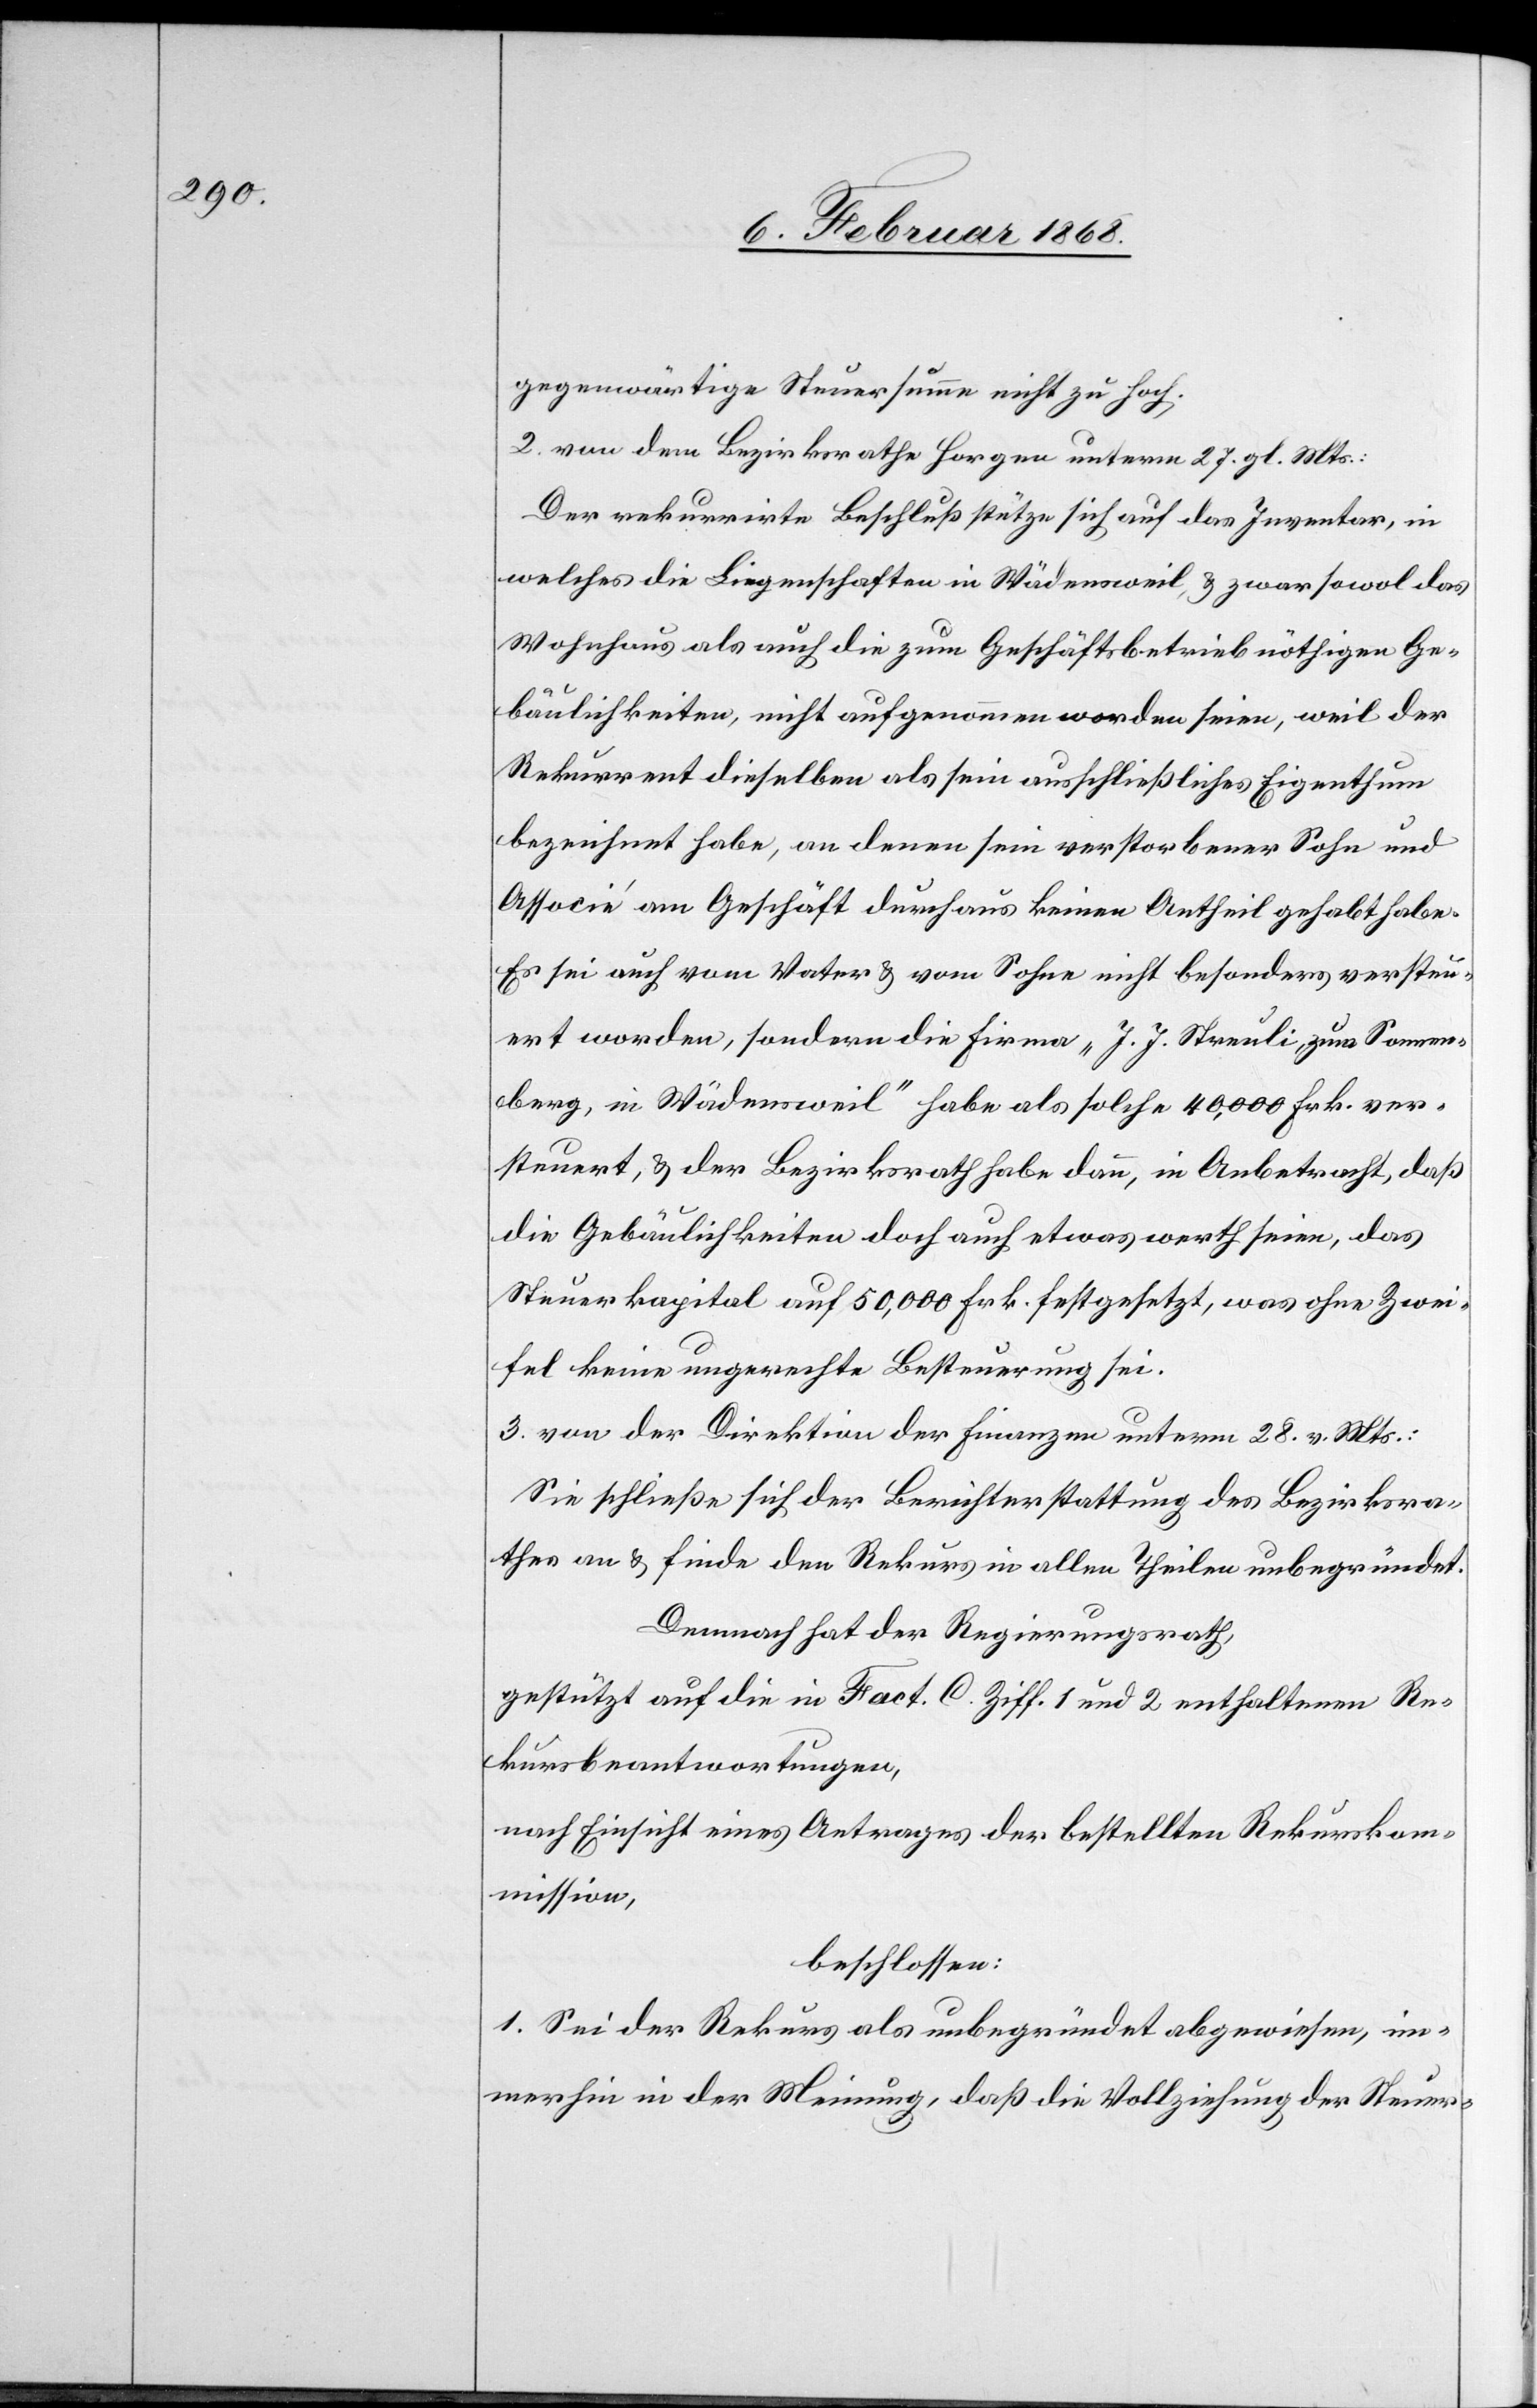
gegenwärtige Steuersumme nicht zu hoch.
2. von dem Bezirksrathe Horgen unterm 27. gl. Mts.:
Der rekurrirte Beschluß stütze sich auf das Inventar, in
welches die Liegenschaften in Wädensweil, & zwar sowol das
Wohnhaus als auch die zum Geschäftsbetrieb nöthigen Ge¬
bäulichkeiten, nicht aufgenommen worden seien, weil der
Rekurrent dieselben als sein ausschließliches Eigenthum
bezeichnet habe, an denen sein verstorbener Sohn und
Associé am Geschäft durchaus keinen Antheil gehabt habe.
Es sei auch vom Vater & vom Sohne nicht besonders versteu¬
ert worden, sondern die Firma „J. J. Streuli, zum Sonnen¬
berg, in Wädensweil“ habe als solche 40,000 Frk. ver¬
steuert, & der Bezirksrath habe dann, in Anbetracht, daß
die Gebäulichkeiten doch auch etwas werth seien, das
Steuerkapital auf 50,000 Frk. festgesetzt, was ohne Zwei¬
fel keine ungerechte Besteuerung sei.
3. von der Direktion der Finanzen unterm 28. v. Mts.:
Sie schließe sich der Berichterstattung des Bezirksra¬
thes an & finde den Rekurs in allen Theilen unbegründet.
Demnach hat der Regierungsrath,
gestützt auf die in Fact. C. Ziff. 1 und 2 enthaltenen Re¬
kursbeantwortungen,
nach Einsicht eines Antrages der bestellten Rekurskom¬
mission,
beschlossen:
1. Sei der Rekurs als unbegründet abgewiesen, im¬
merhin in der Meinung, daß die Vollziehung der Steuer-